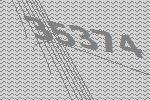
35374